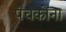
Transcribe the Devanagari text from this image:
पंचकोना